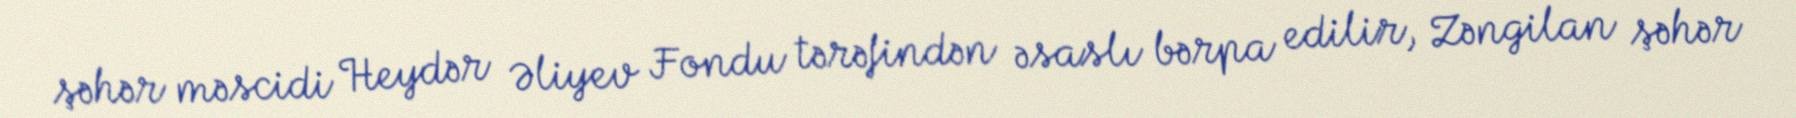
şəhər məscidi Heydər Əliyev Fondu tərəfindən əsaslı bərpa edilir, Zəngilan şəhər